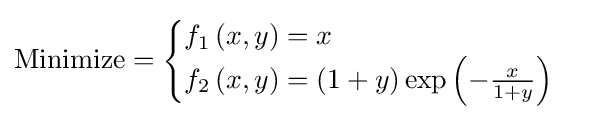
{\text{Minimize}}={\begin{cases}f_{1}\left(x,y\right)=x\\f_{2}\left(x,y\right)=\left(1+y\right)\exp \left(-{\frac {x}{1+y}}\right)\end{cases}}